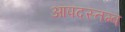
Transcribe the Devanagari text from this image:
आपदस्तम्ब